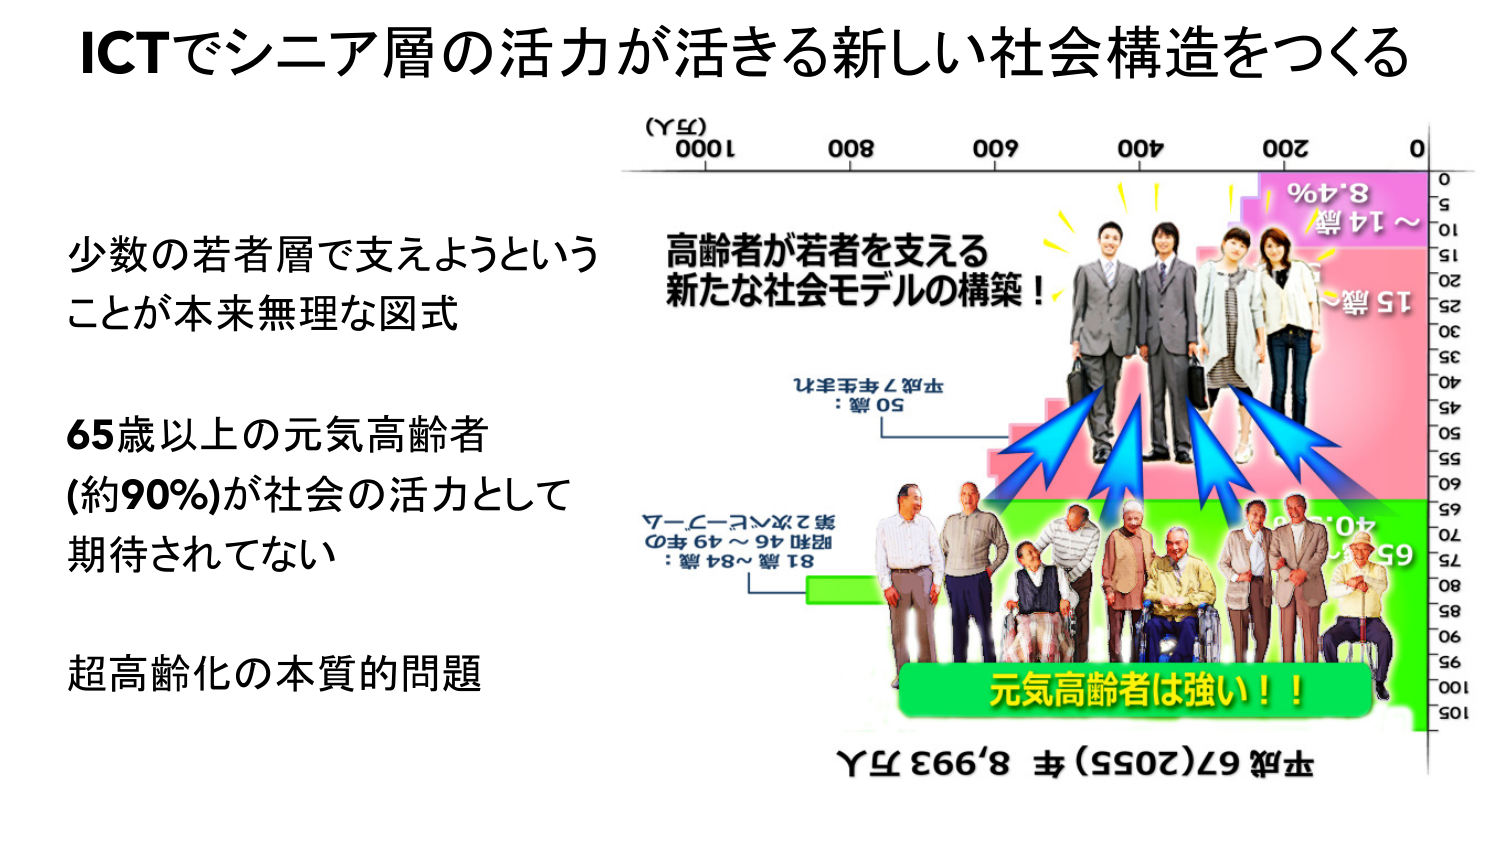
ICTでシニア層の活力が活きる新しい社会構造をつくる

少数の若者層で支えようという
ことが本来無理な図式

65歳以上の元気高齢者
(約90%)が社会の活力として
期待されてない

超高齢化の本質的問題

(万人)
1000　800　600　400　200　0

高齢者が若者を支える
新たな社会モデルの構築！

平成7年生まれ
50歳：

第2次ベビーブーム
昭和46～49年の
81歳～84歳：

元気高齢者は強い！！

平成67(2055)年 8,993万人

～14歳　8.4%
15歳～

0
5
10
15
20
25
30
35
40
45
50
55
60
65
70
75
80
85
90
95
100
105